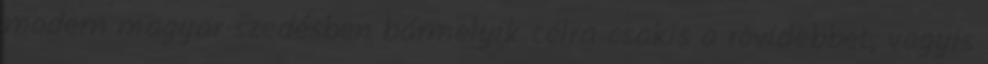
modern magyar szedésben bármelyik célra csakis a rövidebbet, vagyis